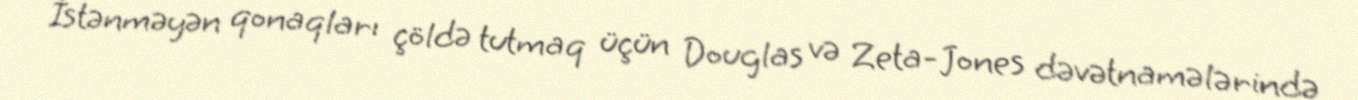
İstənməyən qonaqları çöldə tutmaq üçün Douglas və Zeta-Jones dəvətnamələrində